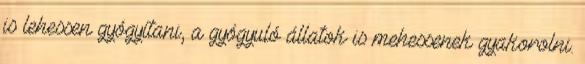
is lehessen gyógyítani, a gyógyuló állatok is mehessenek gyakorolni.